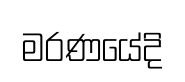
මරණයේදි